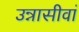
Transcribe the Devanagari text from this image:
उन्नासीवां